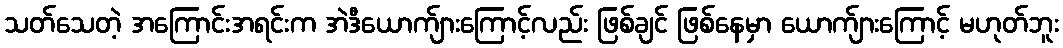
သတ်သေတဲ့ အကြောင်းအရင်းက အဲဒီယောက်ျားကြောင့်လည်း ဖြစ်ချင် ဖြစ်နေမှာ ယောက်ျားကြောင့် မဟုတ်ဘူး